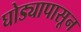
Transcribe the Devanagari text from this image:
घोड्यापासून